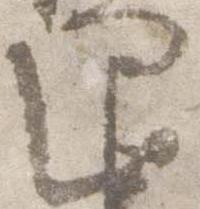
退